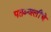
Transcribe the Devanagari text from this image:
पतञ्जलींचे